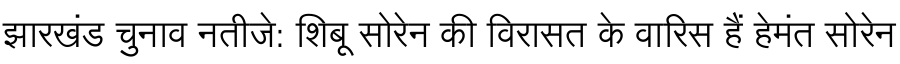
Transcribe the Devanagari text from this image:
झारखंड चुनाव नतीजे: शिबू सोरेन की विरासत के वारिस हैं हेमंत सोरेन